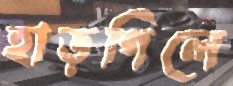
হাড়গিলে